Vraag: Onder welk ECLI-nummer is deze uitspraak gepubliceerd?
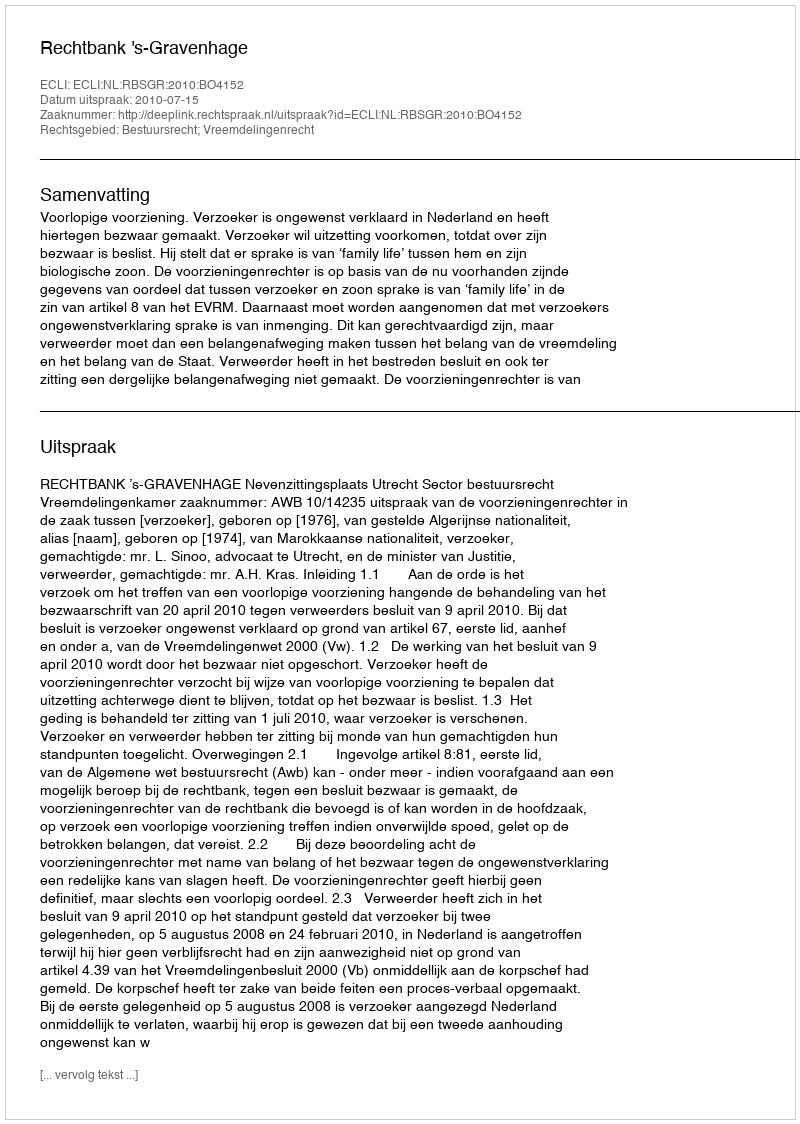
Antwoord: ECLI:NL:RBSGR:2010:BO4152